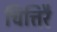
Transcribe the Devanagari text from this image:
चित्तिरै